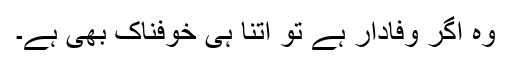
وہ اگر وفادار ہے تو اتنا ہی خوفناک بھی ہے۔